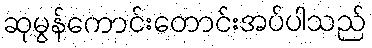
ဆုမွန်ကောင်းတောင်းအပ်ပါသည်